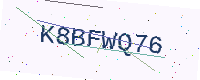
Text: K8BFWQ76